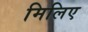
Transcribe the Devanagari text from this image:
मिलिए